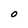
Character: O